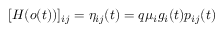
[ H ( o ( t ) ) ] _ { i j } = \eta _ { i j } ( t ) = q \mu _ { i } g _ { i } ( t ) p _ { i j } ( t )